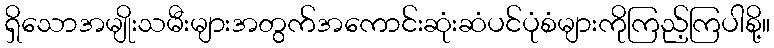
ရှိသောအမျိုးသမီးများအတွက်အကောင်းဆုံးဆံပင်ပုံစံများကိုကြည့်ကြပါစို့။